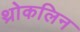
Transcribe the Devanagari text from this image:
थ्रोकलिन